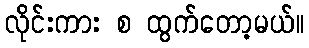
လိုင်းကား စ ထွက်တော့မယ်။